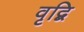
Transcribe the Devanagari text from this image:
वृद्बि